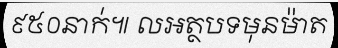
៩៥០នាក់៕ លអត្ថបទមុនម៉ាត